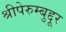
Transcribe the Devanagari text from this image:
श्रीपेरुम्बुद्दूर